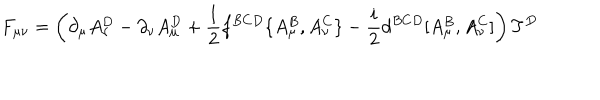
LaTeX: F _ { \mu \nu } = \left( \partial _ { \mu } A _ { \nu } ^ { D } - \partial _ { \nu } A _ { \mu } ^ { D } + { \frac { 1 } { 2 } } f ^ { B C D } \{ A _ { \mu } ^ { B } , A _ { \nu } ^ { C } \} - { \frac { i } { 2 } } d ^ { B C D } [ A _ { \mu } ^ { B } , A _ { \nu } ^ { C } ] \right) T ^ { D }